255_413270_UFO's_and_Defense_What_Should_we_Prepare_For
Agency: NASA
Page 41
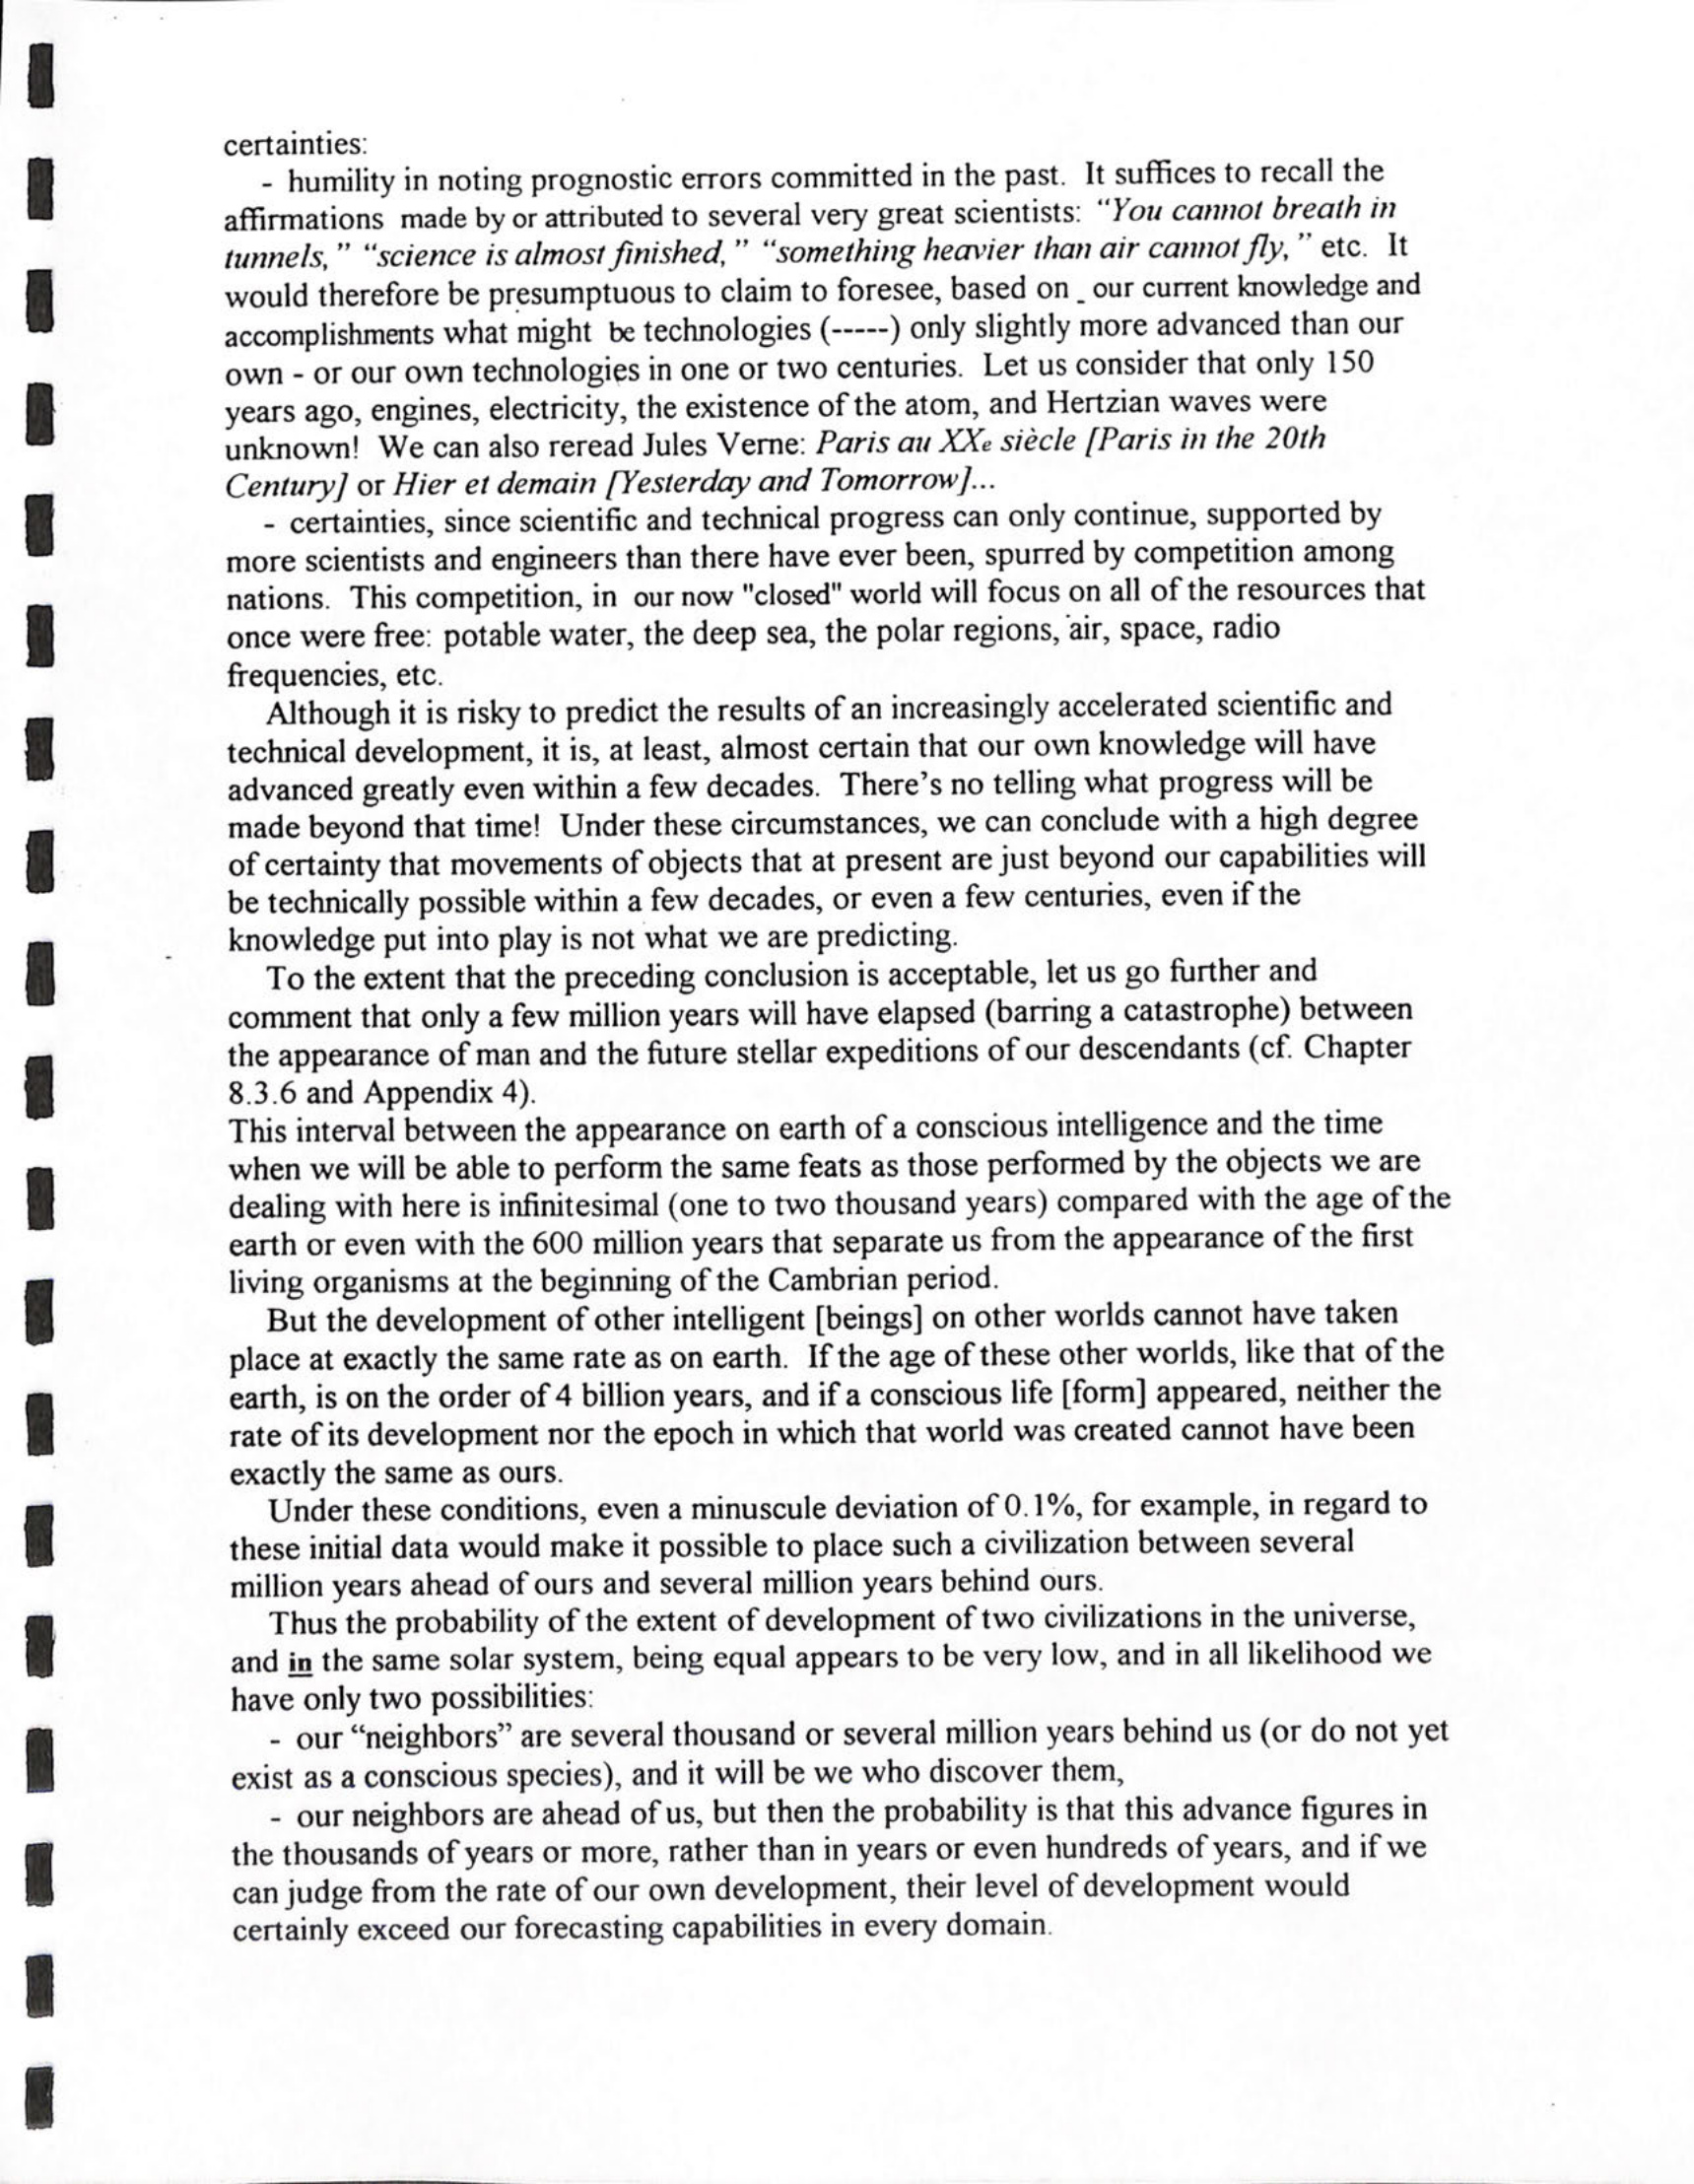